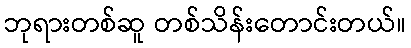
ဘုရားတစ်ဆူ တစ်သိန်းတောင်းတယ်။